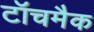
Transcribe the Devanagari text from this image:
टॉचमैक